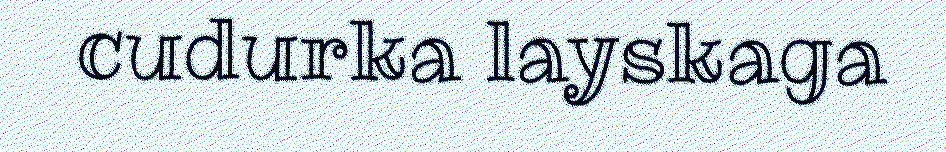
cudurka layskaga